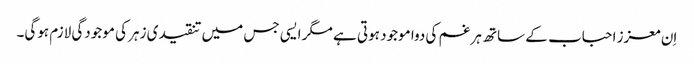
اِن معزز احباب کے ساتھ ہر غم کی دوا موجود ہوتی ہے مگر ایسی جس میں تنقیدی زہر کی موجودگی لازم ہوگی۔